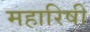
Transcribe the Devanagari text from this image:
महारिषी